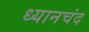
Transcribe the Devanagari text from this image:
ध्‍यानचंद